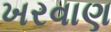
ખરવાણ